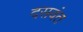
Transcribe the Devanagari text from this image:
दसवंत